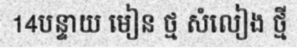
14បន្ទាយ មៀន ថ្ម សំលៀង ថ្មី